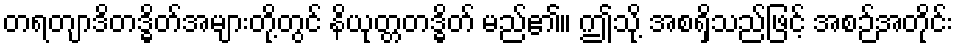
တရတျာဒိတဒ္ဓိတ်အများတို့တွင် နိယုတ္တတဒ္ဓိတ် မည်၏။ ဤသို့ အစရှိသည်ဖြင့် အစဉ်အတိုင်း